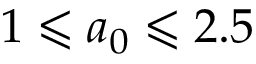
1 \leqslant a _ { 0 } \leqslant 2 . 5